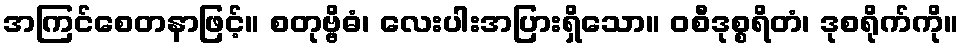
အကြင်စေတနာဖြင့်။ စတုဗ္ဗိဓံ၊ လေးပါးအပြားရှိသော။ ဝစီဒုစ္စရိတံ၊ ဒုစရိုက်ကို။